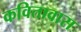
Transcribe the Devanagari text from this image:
कवितावास